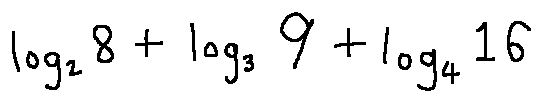
\log _ { 2 } 8 + \log _ { 3 } 9 + \log _ { 4 } 1 6